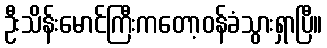
ဦးသိန်းမောင်ကြီးကတော့ဝန်ခံသွားရှာပြီ။